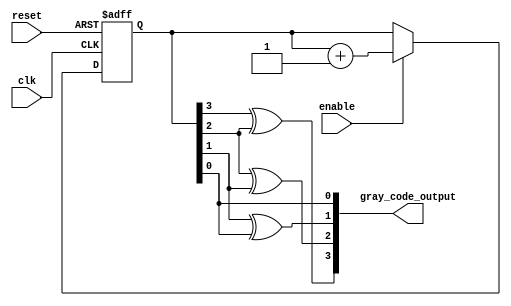
module gray_code_counter (
    input wire clk,
    input wire enable,
    input wire reset,
    output reg [3:0] gray_code_output
);

reg [3:0] binary_counter;

always @ (posedge clk or posedge reset)
begin
    if (reset)
        binary_counter <= 4'b0000;
    else if (enable)
        binary_counter <= binary_counter + 1;
end

assign gray_code_output = {binary_counter[3] ^ binary_counter[2], 
                           binary_counter[2] ^ binary_counter[1], 
                           binary_counter[1] ^ binary_counter[0], 
                           binary_counter[0]};

endmodule